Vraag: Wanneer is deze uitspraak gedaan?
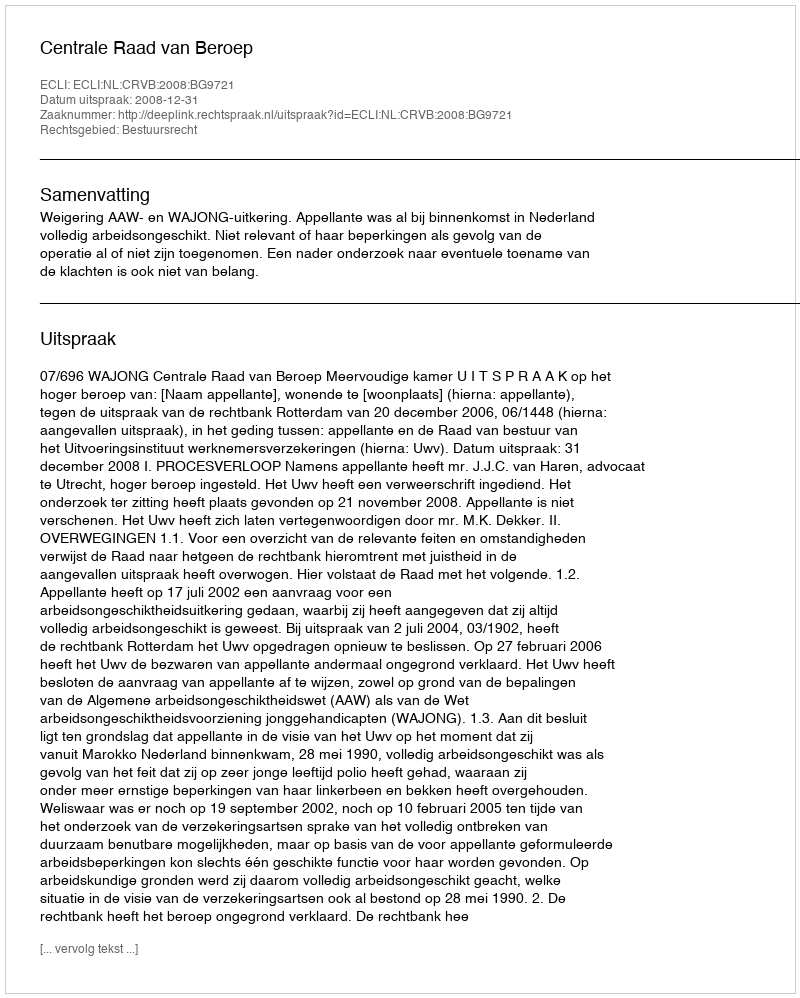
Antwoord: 2008-12-31